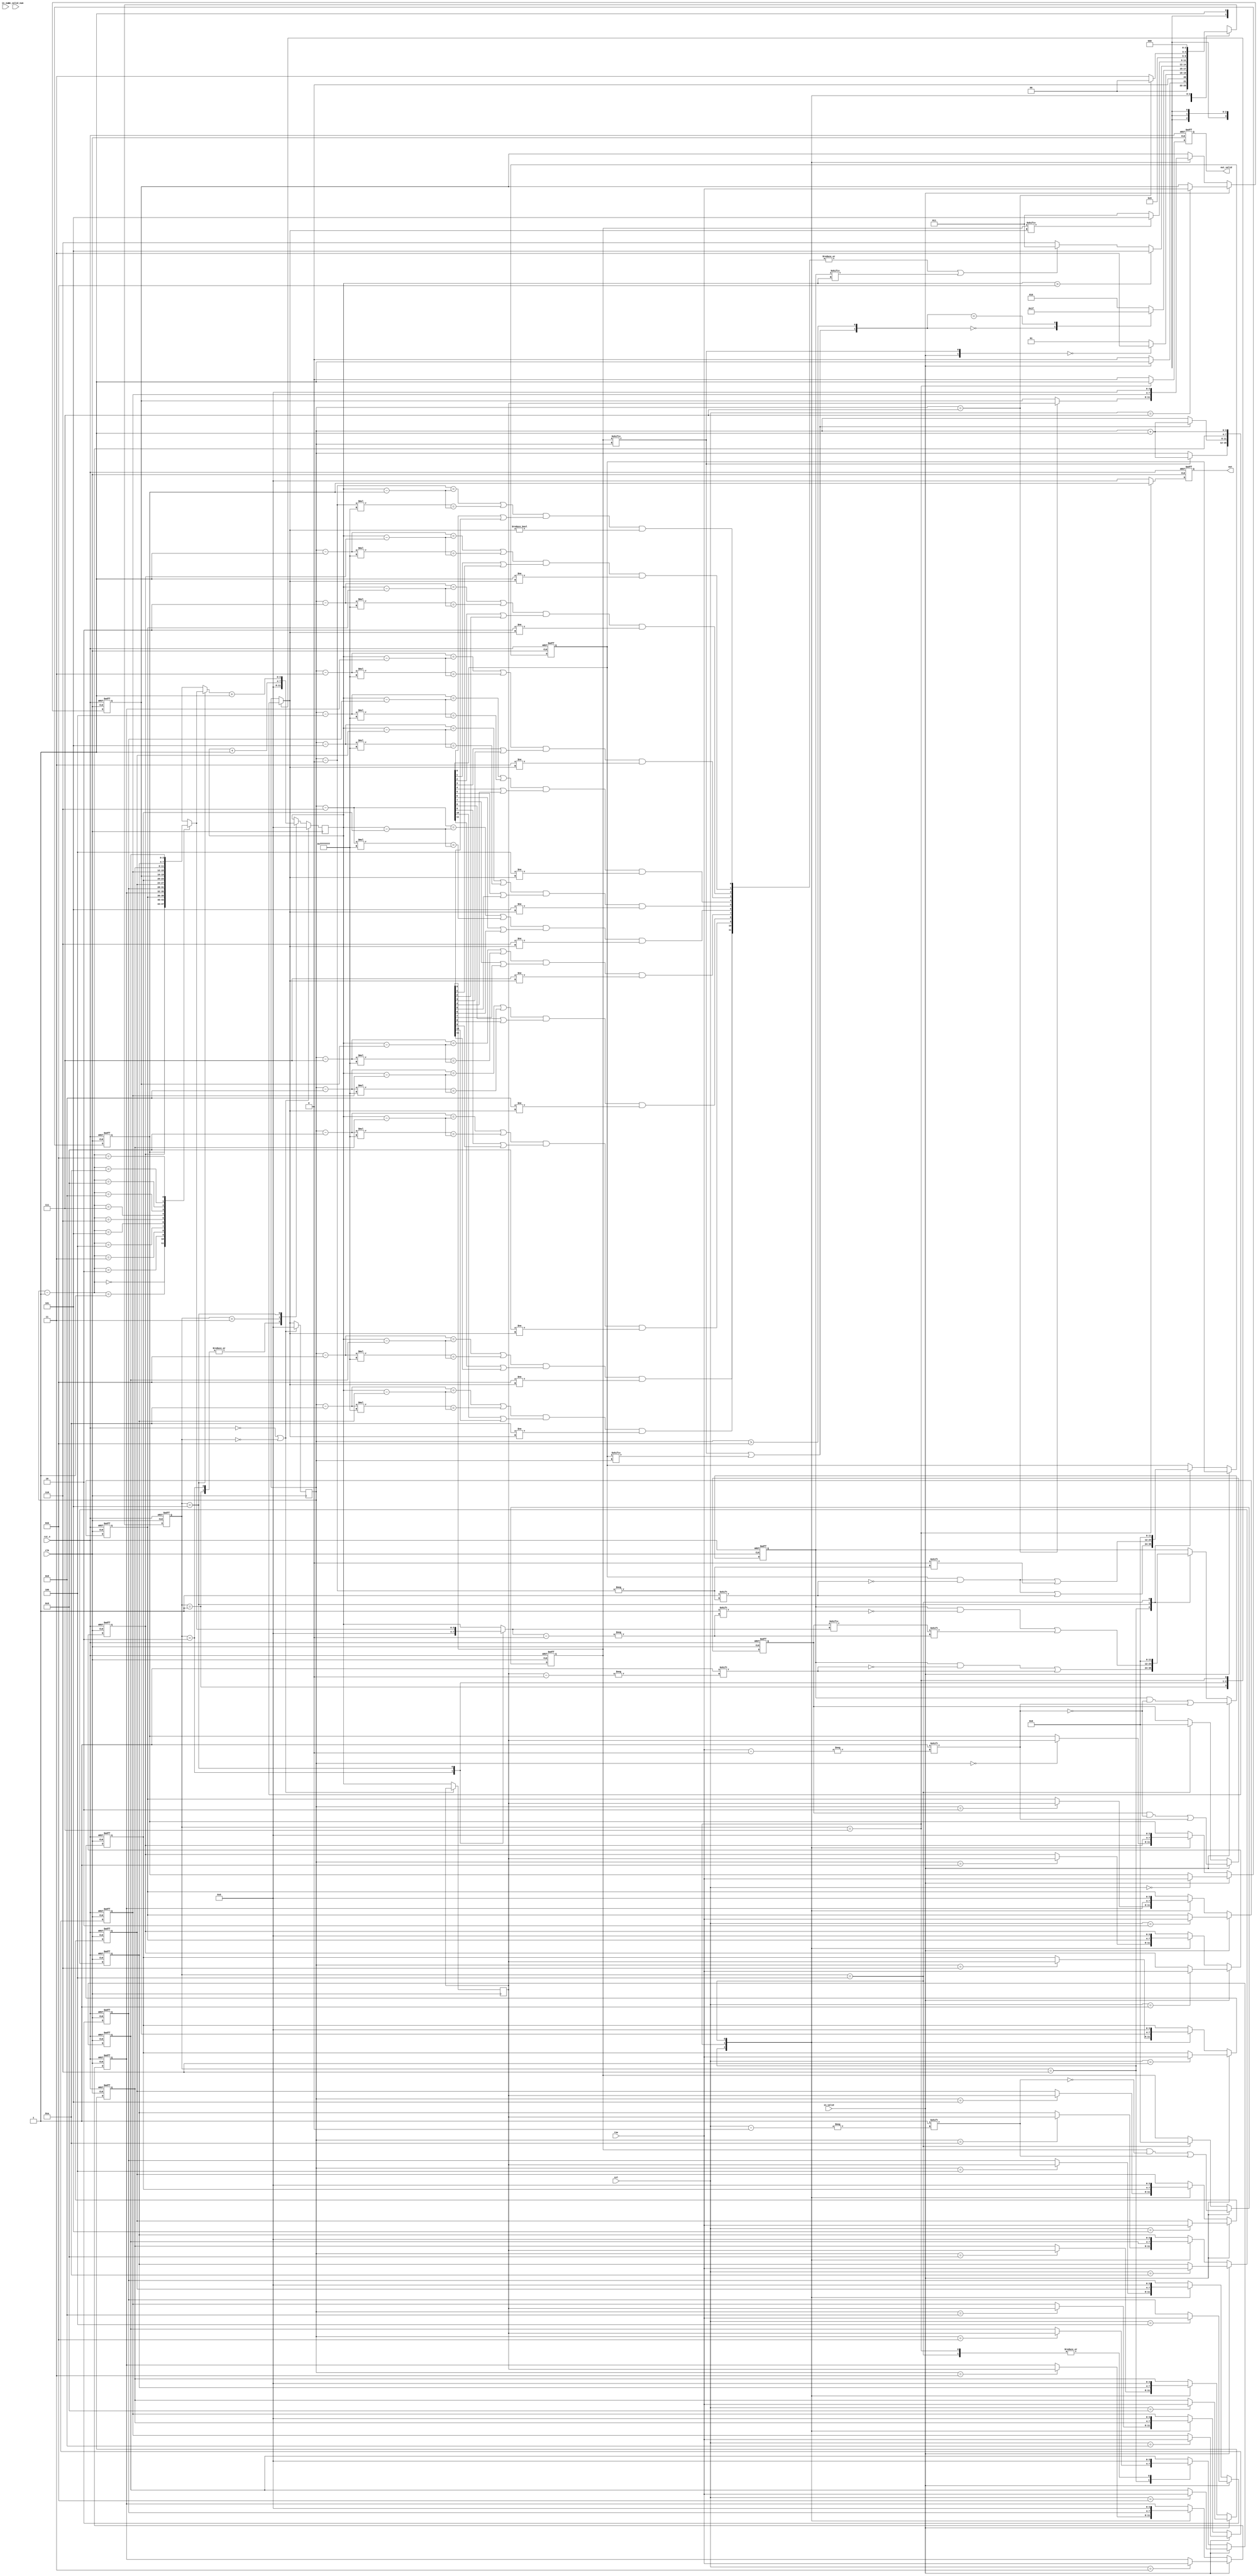
module QUEEN(
    //Input Port
    clk,
    rst_n,

    in_valid,
    col,
    row,

    in_valid_num,
    in_num,

    out_valid,
    out,

    );

input               clk, rst_n, in_valid,in_valid_num;
input       [3:0]   col,row;
input       [2:0]   in_num;

output reg          out_valid;
output reg  [3:0]   out;

//==============================================//
//             Parameter and Integer            //
//==============================================//
parameter s_idle = 3'd0; 
parameter s_input = 3'd1;
parameter s_col_plus = 3'd2;
parameter s_find_row = 3'd3;

parameter s_back = 3'd5;
parameter s_record = 3'd6;
parameter s_output = 3'd7; 
parameter s_clear = 3'd4;
//==============================================//
//                 reg declaration              //
//==============================================//
reg [2:0] current_state, next_state;

reg [3:0] ans_row_position [11:0];
reg [11:0] fixed_col_flag;
reg [11:0] fixed_row_flag, fixed_row_flag_un;
reg [11:0] testing;
reg [3:0] undo_col[10:0]; //! The first col doesn't need to record the last jumping col.

reg [3:0] col_pointer_comb, col_pointer;
reg [3:0] row_pointer_comb, row_pointer, row_pointer_temp;

reg [11:0] dia_flag;
reg signed [4:0] k_sub_n_comb[11:0];
reg signed [4:0] col_k_sub_n_comb[11:0];
reg signed [4:0] k_sub_n_comb_in[11:0];
wire  [3:0] col_pointer_comb_sub1, col_pointer_comb_sub2;

reg        [3:0]   col_temp,row_temp;
reg [3:0] row_pointer_comb_sub1;
reg [1:0] input_change_condition;
reg [1:0] col_change_condition;
//==============================================//
//            FSM State Declaration             //
//==============================================//
genvar i;
generate
    for(i = 0;i<12;i=i+1)begin: loop_1
        always @(*) begin
            k_sub_n_comb[i] = $signed({1'b0,col_pointer}) - $signed(i);
            k_sub_n_comb_in[i] = k_sub_n_comb[i] * -'d1;
            col_k_sub_n_comb[i] = $signed({1'b0,row_pointer}) - $signed({1'b0,ans_row_position[i]});
            dia_flag[i] = ((k_sub_n_comb[i]==col_k_sub_n_comb[i])|(k_sub_n_comb_in[i] ==col_k_sub_n_comb[i]))&(testing[i]|fixed_col_flag[i])&(i!=col_pointer_comb);

        end
    end
endgenerate

/*
always@* begin
    k_sub_n_comb[0] = $signed({1'b0,col_pointer}) - $signed(5'd0);
    k_sub_n_comb_in[0] = k_sub_n_comb[5'd0] * -'d1;
    col_k_sub_n_comb[0] = $signed({1'b0,row_pointer_comb}) - $signed({1'b0,ans_row_position[0]});
    dia_flag[0] = ((k_sub_n_comb[0]==col_k_sub_n_comb[0])|(k_sub_n_comb_in[0] ==col_k_sub_n_comb[0]))&(testing[0]|fixed_col_flag[0])&(5'd0!=col_pointer_comb);

end
*/
//OUTPUT control
always @(posedge clk or negedge rst_n) begin
    if(!rst_n)begin
        out_valid <= 'd0;
        out <= 'd0;
    end
    else begin
        if (current_state==s_output) begin
            out_valid <= 'd1;
            out <= ans_row_position[0];
        end
        else begin
             out_valid <= 'd0;
             out <='d0;
        end
    end
end




//current_state
always @(posedge clk or negedge rst_n) begin
    if(!rst_n)
        current_state <= s_idle;
    else
        current_state <= next_state;
end
//next_state

always @(*) begin
    input_change_condition = {in_valid, fixed_col_flag[col_pointer]};
    col_change_condition = {fixed_col_flag[col_pointer]|testing[col_pointer], col_pointer>'d11};
    case(current_state)
    s_idle: if(in_valid) next_state = s_input;
            else         next_state = s_idle;
    s_input: case(input_change_condition)
            2'b00: next_state = s_find_row;
            //2'b01: next_state = s_col_plus;
            default: next_state = s_input;
            endcase
    s_col_plus:begin
            case(col_change_condition)
            //2'b10: next_state = s_col_plus
            2'b00: next_state = s_find_row;
            2'bx1: next_state = s_output;

            default: next_state = s_col_plus;
            endcase
    end
    s_find_row:begin
        if(row_pointer>'d11)begin
             next_state = s_back;
        end
        else if((|dia_flag)|(fixed_row_flag[row_pointer]))begin
            next_state = s_find_row;
        end
        else next_state = s_record;
    end
    s_back: if(fixed_col_flag[col_pointer_comb]=='d1) next_state = s_back;
            else next_state = s_find_row;
    s_record: begin 
            next_state = s_col_plus;
    end
    s_output: if(col_pointer=='d7) next_state = s_clear; //TODO using share counter
             else               next_state = s_output;
    s_clear: next_state = s_idle;
    default: next_state = current_state;
    endcase
end
always @(posedge clk) begin
    if(!rst_n|current_state==s_idle)begin
        col_pointer <= 'd0;
        row_pointer <= 'd0;
    end
    else begin
        col_pointer <= col_pointer_comb;

        row_pointer <= row_pointer_comb;
        row_pointer_temp<=row_pointer;
    end
end




//col_pointer_comb mod



always @(*) begin
    case(current_state)
    s_input:
        begin
        if(fixed_col_flag[col_pointer]=='d1)    col_pointer_comb = col_pointer + 'd1;
        else                                    col_pointer_comb = col_pointer;
        row_pointer_comb = 'b0;
        row_pointer_comb_sub1 = row_pointer;

        end
    s_col_plus:begin
        //TODO: 
            //if chooing one position to test-> jump to next col
            //if next col  is fixed -> skip
        if(fixed_col_flag[col_pointer]=='d1|testing[col_pointer]=='d1)    col_pointer_comb = col_pointer + 'd1;
        else                                                              col_pointer_comb = col_pointer;
        row_pointer_comb = 'b0;
        row_pointer_comb_sub1 = 'b0;
    end
    s_find_row:begin
        row_pointer_comb=row_pointer+'d1;
        row_pointer_comb_sub1 = row_pointer;
        col_pointer_comb = col_pointer;

    end

    s_back:  
    begin
            row_pointer_comb_sub1 = ans_row_position[col_pointer-'d1];
            row_pointer_comb = ans_row_position[col_pointer-'d1]+'d1;
            col_pointer_comb = col_pointer -'d1;
    end
    s_output: begin
        col_pointer_comb = col_pointer +'d1;
        row_pointer_comb = row_pointer;
        
        row_pointer_comb_sub1 = row_pointer;
        
    end
    default:begin
        row_pointer_comb = row_pointer;
        row_pointer_comb_sub1 = row_pointer;
        col_pointer_comb = col_pointer;
    end
    endcase
end






//==============================================//
//                  Input Block                 //
//==============================================//

assign col_pointer_comb_sub1 = col_pointer -'d1;
assign col_pointer_comb_sub2 = col_pointer -'d2;


always@(posedge clk or negedge rst_n)begin
    if(!rst_n)begin
        ans_row_position[11] <='d0;
        ans_row_position[10] <='d0;ans_row_position[9] <='d0;ans_row_position[8] <='d0;
        ans_row_position[7] <='d0;ans_row_position[6] <='d0;ans_row_position[5] <='d0;
        ans_row_position[4] <='d0;ans_row_position[3] <='d0;ans_row_position[2] <='d0;
        ans_row_position[1] <='d0;ans_row_position[0] <='d0;
        
        fixed_row_flag[11:0]<='d0; 
        fixed_col_flag[11:0]<='d0;    
        testing[11:0] <='d0;
        fixed_row_flag_un[11:0]<='d0;

    end
    else if(in_valid)begin
        ans_row_position[col] <= row;
        fixed_col_flag[col]<='d1; //span in x-direction.
        fixed_row_flag[row]<='d1; //span in y-direction.
        fixed_row_flag_un[row]<='d1;
       // ans_row_position[col_temp] <= row_temp;
       // fixed_col_flag[col_temp]<='d1; //span in x-direction.
       // fixed_row_flag[row_temp]<='d1; //span in y-direction.


    end
    else begin
    case(current_state)
    /*
        s_idle:begin
            ans_row_position[11] <='d0;
            ans_row_position[10] <='d0;ans_row_position[9] <='d0;ans_row_position[8] <='d0;
            ans_row_position[7] <='d0;ans_row_position[6] <='d0;ans_row_position[5] <='d0;
            ans_row_position[4] <='d0;ans_row_position[3] <='d0;ans_row_position[2] <='d0;
            ans_row_position[1] <='d0;ans_row_position[0] <='d0;
            
            fixed_row_flag[11:0]<='d0; 
            fixed_col_flag[11:0]<='d0;    
            testing[11:0] <='d0;
            


            col_temp<=col;
            row_temp<=row;


        end
    */
/*

        s_find_row:
        s_col_plus 
 */
       s_record:begin
            testing[col_pointer] <= 'd1;
            ans_row_position[col_pointer] <= row_pointer_temp;
            fixed_row_flag[row_pointer_temp]<='d1;
        end
        s_back:begin
            testing[col_pointer]<='d0;
        
            fixed_row_flag[row_pointer_comb_sub1]<='d0|fixed_row_flag_un[row_pointer_comb_sub1];

        
        
        
        end
        s_output: begin
            ans_row_position[11] <= 'd0;
            ans_row_position[10] <= ans_row_position[11];
            ans_row_position[9] <= ans_row_position[10];
            ans_row_position[8] <= ans_row_position[9];
            ans_row_position[7] <= ans_row_position[8];
            ans_row_position[6] <= ans_row_position[7];
            ans_row_position[5] <= ans_row_position[6];
            ans_row_position[4] <= ans_row_position[5];
            ans_row_position[3] <= ans_row_position[4];
            ans_row_position[2] <= ans_row_position[3]; 
            ans_row_position[1] <= ans_row_position[2];
            ans_row_position[0] <= ans_row_position[1];          
        end
        s_clear:begin
            ans_row_position[11] <='d0;
            ans_row_position[10] <='d0;ans_row_position[9] <='d0;ans_row_position[8] <='d0;
            ans_row_position[7] <='d0;ans_row_position[6] <='d0;ans_row_position[5] <='d0;
            ans_row_position[4] <='d0;ans_row_position[3] <='d0;ans_row_position[2] <='d0;
            ans_row_position[1] <='d0;ans_row_position[0] <='d0;
            
            fixed_row_flag[11:0]<='d0; 
            fixed_col_flag[11:0]<='d0;    
            testing[11:0] <='d0;
            fixed_row_flag_un[11:0]<='d0;

        end

        default:begin


        end
    endcase
    end


end

//GOOD LUCKY

endmodule